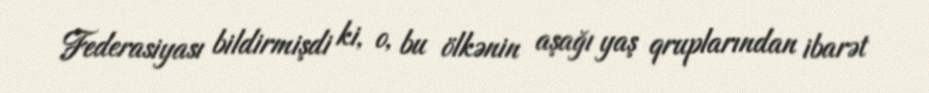
Federasiyası bildirmişdi ki, o, bu ölkənin aşağı yaş qruplarından ibarət